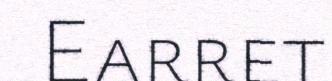
Earret